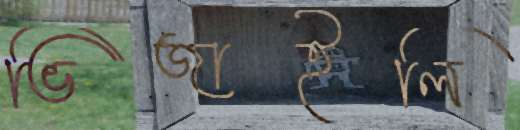
ভিজাইলি